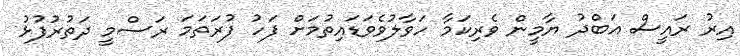
އިރު ރައީސް އަބްދު ޔާމީން ވެރިކަމާ ހަވާލުވެވަޑައިތުމަށް ފަހު ފުރަތަމަ ރަސްމީ ދަތުރުފުޅު